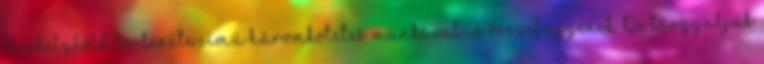
Székelyföld története című háromkötetes munkával is összefüggenek. De tárgyaljuk